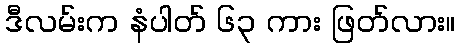
ဒီလမ်းက နံပါတ် ၆၃ ကား ဖြတ်လား။